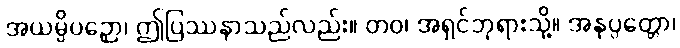
အယမ္ပိပဉှော၊ ဤပြဿနာသည်လည်း။ တဝ၊ အရှင်ဘုရားသို့။ အနုပ္ပတ္တော၊